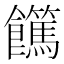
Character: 𩟵